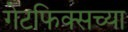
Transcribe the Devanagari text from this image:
गेटफिक्सच्या